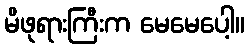
မိဖုရားကြီးက မေမေပေါ့။